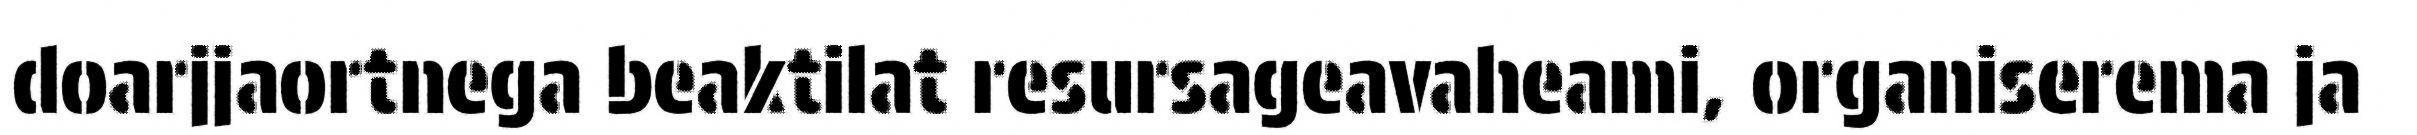
doarjjaortnega beaktilat resursageavaheami, organiserema ja